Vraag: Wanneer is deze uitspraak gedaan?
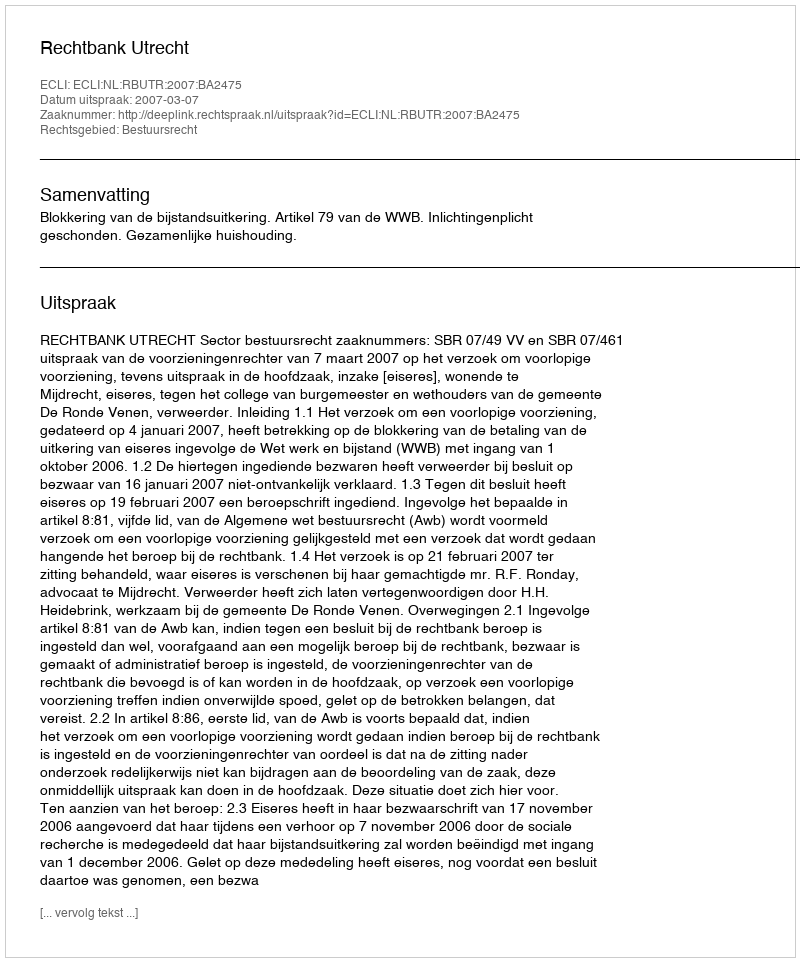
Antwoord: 2007-03-07